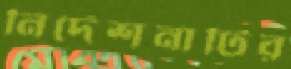
নির্দেশনাটির